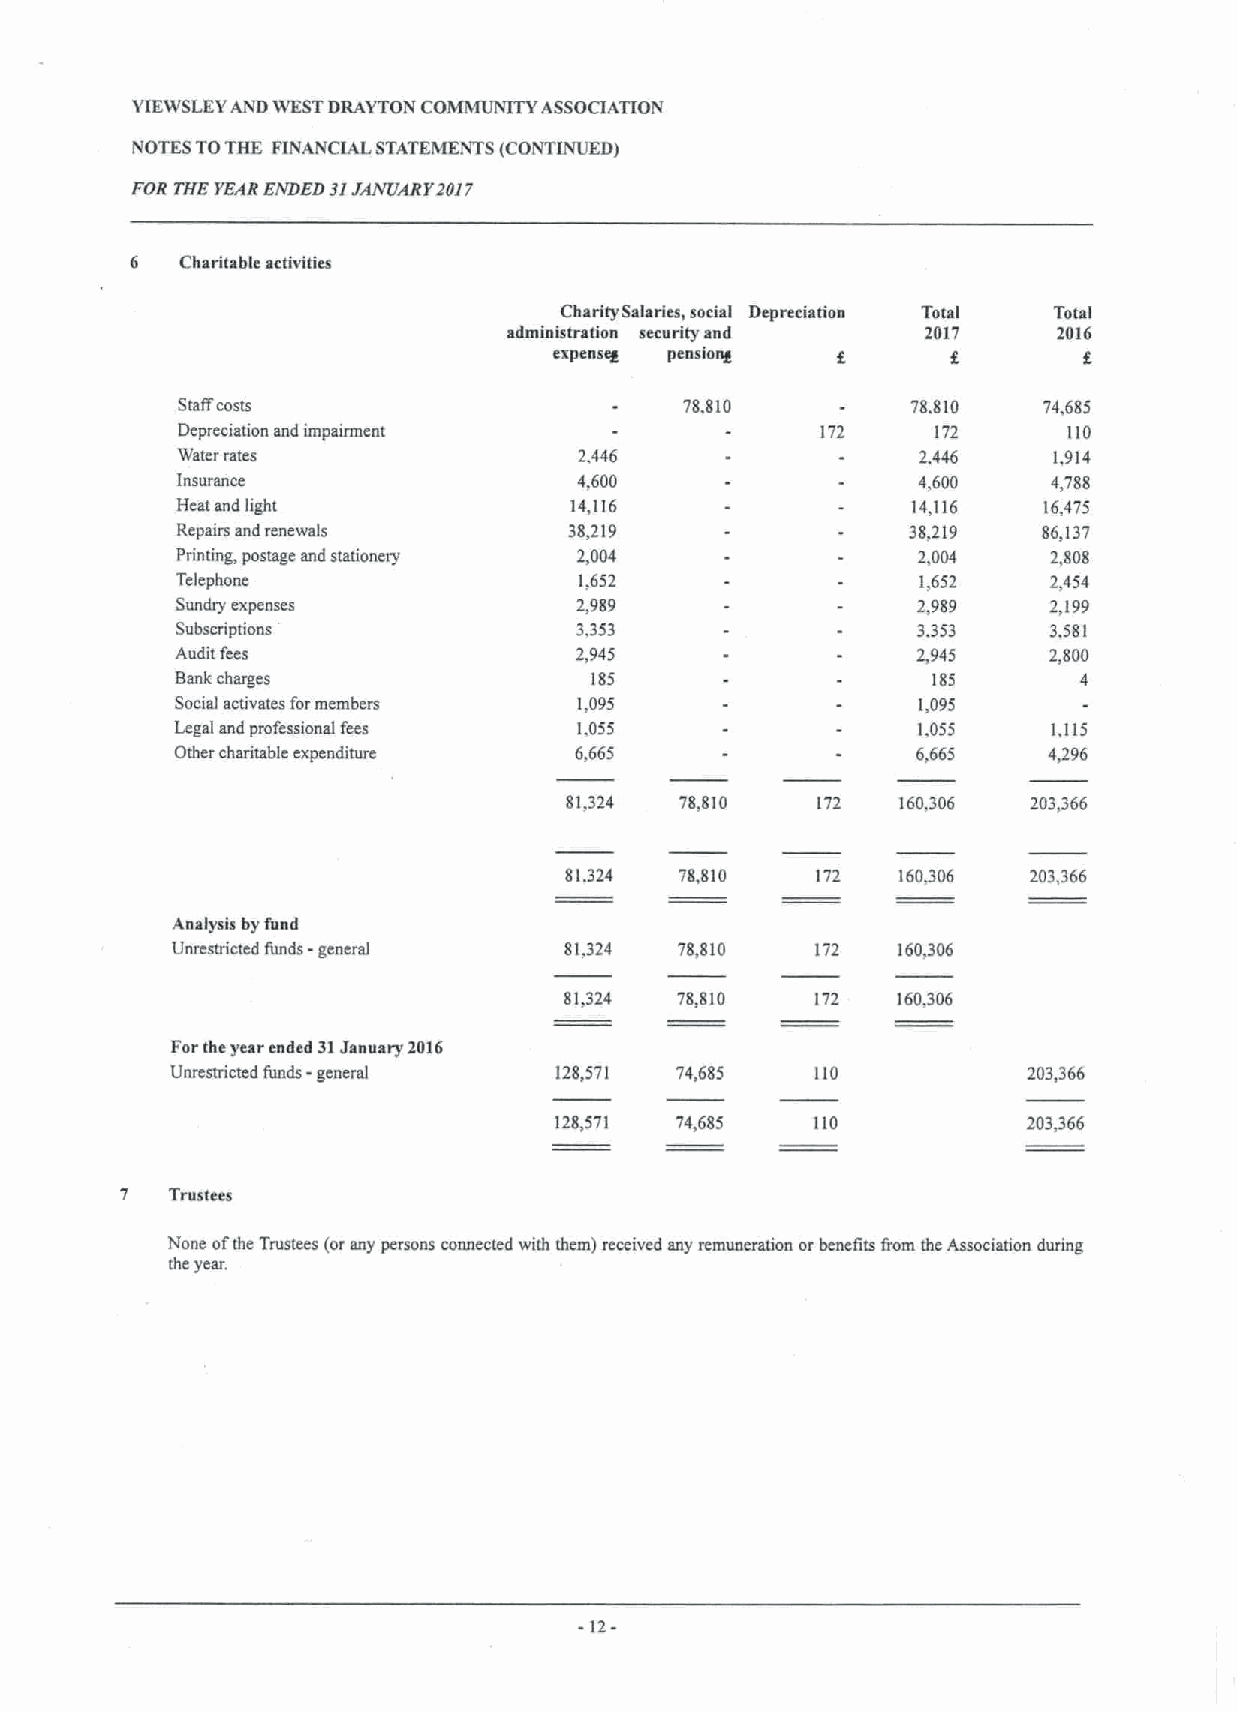
YIEWSLEYAND WESTDRAYTON COMMUNITY ASSOCIATION
 NOTES TOTHE FINANCIAL STATEMENTS (CONTINUED)
 Jl
 FOR THE VE4RENDED JrtNIJAPY203 7
 6  Charitable activities
 ChariiySalaries, social Depreciation Total Total
 administration security and 2017    2016
 expenscg pensiong                  f
 Stall'costs                      78.810         78.810   74,685
 Depreciation and impairment               172     172      110
 Water rates               2,446                  2.446    1.914
 Insurance                 4,600                  4,600    4,788
 Heat and light            14,116                14,116   16,475
 Repairs and renewals      38,219                38,219   86,137
 Printing, postage and stationery 2,004           2,004    2,808
 Telephone                 1,652                  1.652   2,454
 Sundry expenses           2,989                  2,989   2,199
 Subscriptions             3.353                  3.353   3.581
 Audit fees                2,945                  2,945   2,800
 Bank charges               185                    185
 Social activates formembers 1,095                1,095
 Legal snd professional fere 1.055                1.055    1,115
 Other charitable expenditure 6,665               6,665   4,296
 81,324  78,810   172  160,306  203,366
 81.324  78.810   172  160306   203,366
 Analysis by fund
 Unrestricted funds -general 81.324 78,810  172  160,306
 81,324  78,810   172  160,306
 Forthe year cndcd 31January 2016
 Unrcstrictcd funds -general 128,571 74,685 110           203,366
 128,571 74,685   110           203366
 7  Trustees
 None ofthe Trustees (or any persons connected with them) received any remuneration or benefits from thc Association during
 the year.
 12-